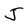
Character: J